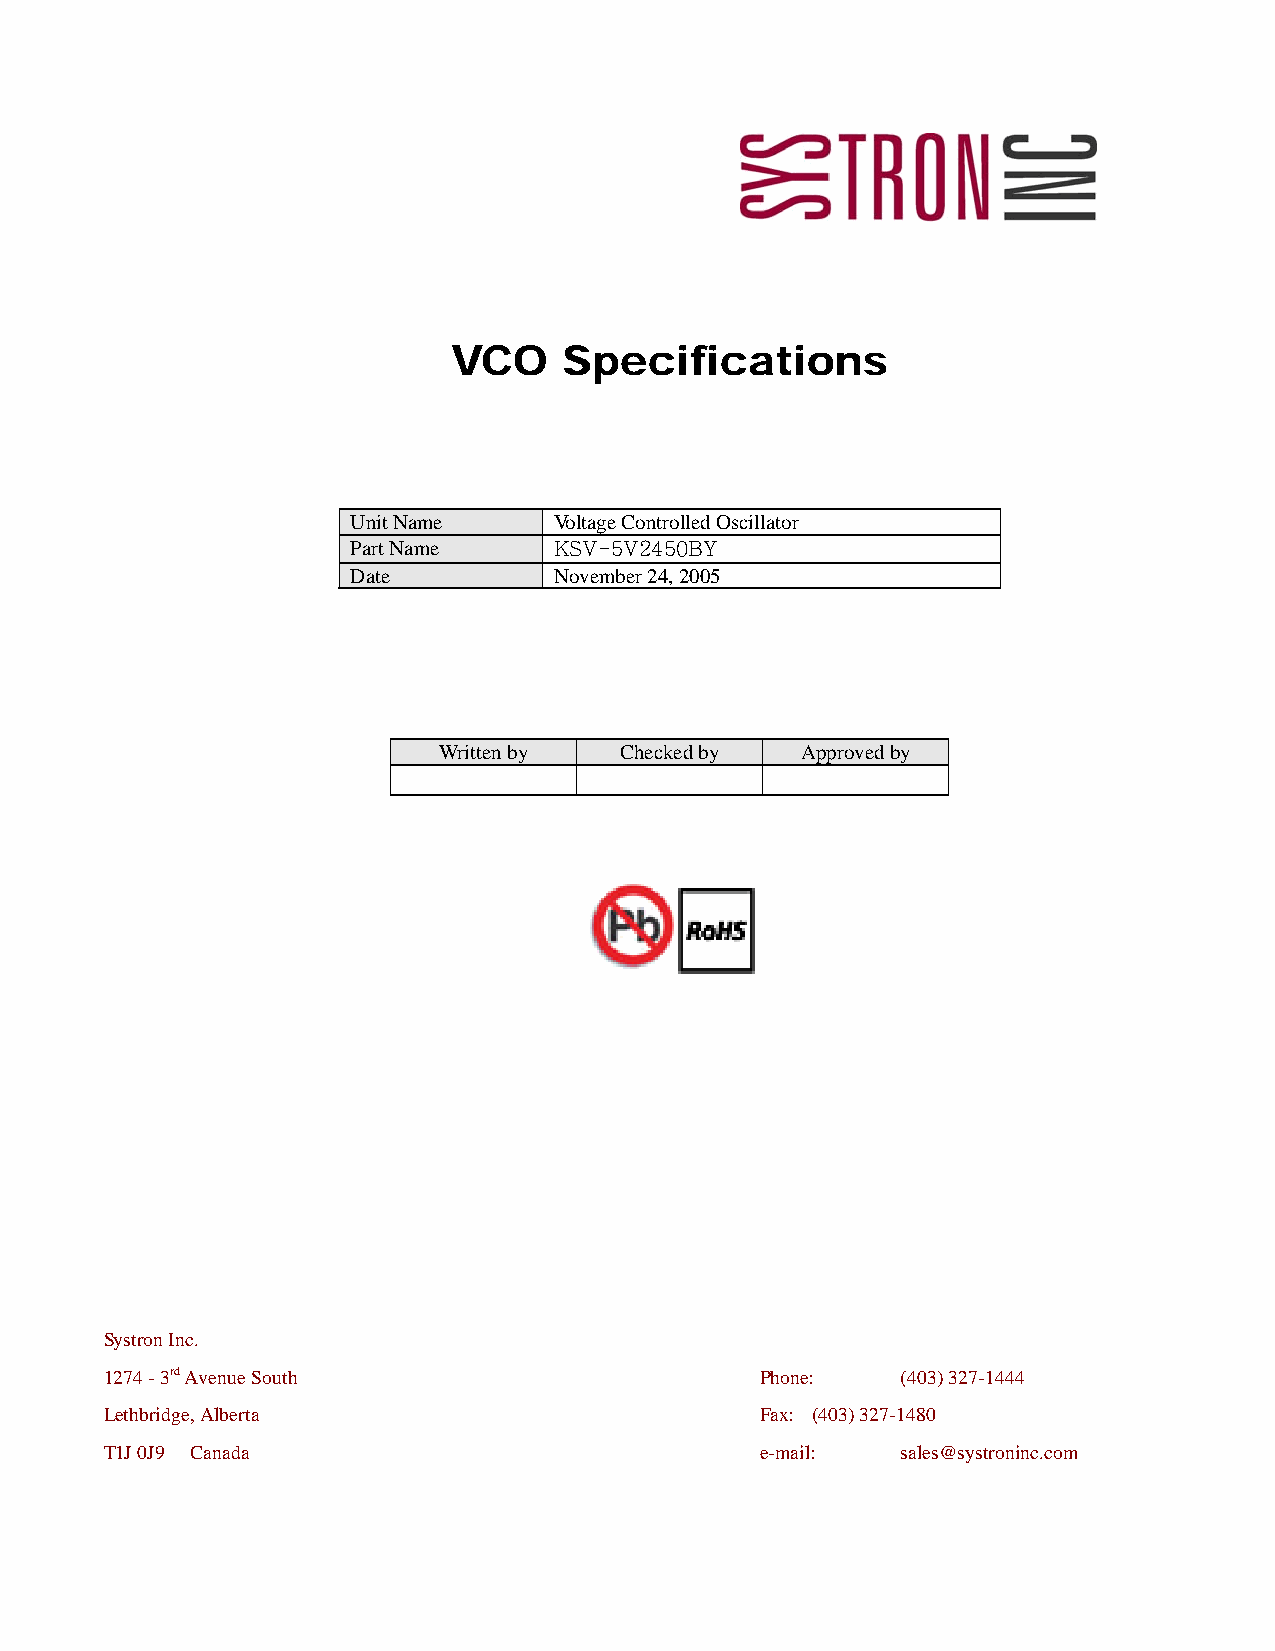
VCO    Specifications
 Unit Name     Voltage Controlled Oscillator
 Part Name     KSV-5V2450BY
 Date          November 24, 2005
 Written by  Checked by  Approved by
 Systron Inc.
 1274 - 3rd Avenue South                    Phone:    (403) 327-1444
 Lethbridge, Alberta                        Fax: (403) 327-1480
 T1J 0J9 Canada                             e-mail:   sales@systroninc.com